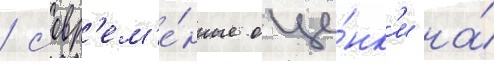
/ совр'ем'е́нные оце́нк'и на́